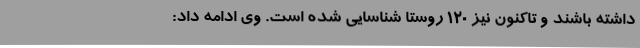
داشته باشند و تاکنون نیز 120 روستا شناسایی شده است. وی ادامه داد: